Lunatic asylums Punjab 1881-1894 - 1881-1894
Year: 1881
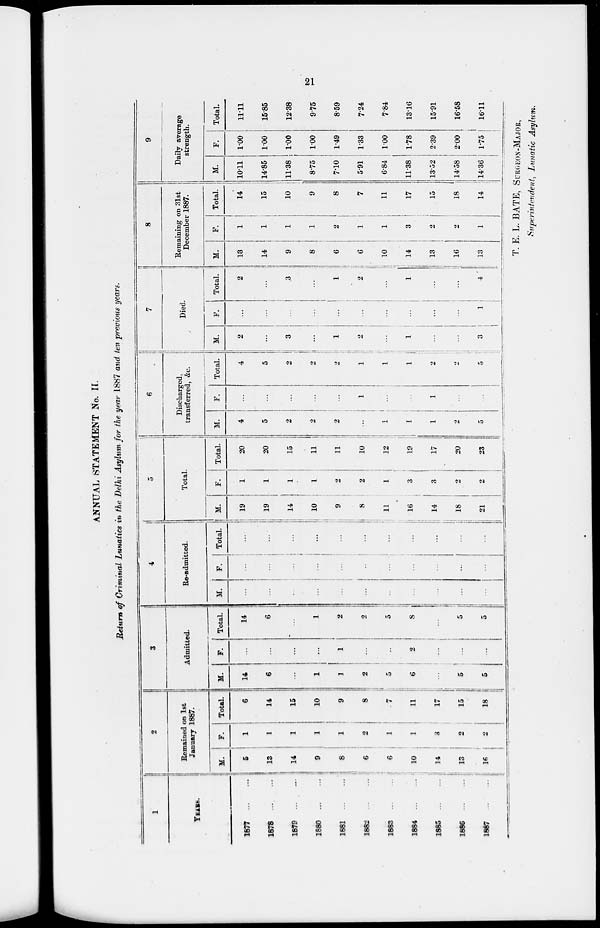
21
ANNUAL STATEMENT No. II.
Return of Criminal Lunatics in the Delhi Asylum for the year 1887 and ten previous years.
1
YEARS.
1877
...
...
1878
...
...
1879
...
...
1880
...
...
1881
...
...
1882
...
...
1883
...
...
1884
...
...
1885
...
...
1886
...
...
1887
...
...
2
Remained on 1st
January 1887.
M.
5
13
14
9
8
6
6
10
14
13
16
F.
1
1
1
1
1
2
1
1
3
2
2
Total.
6
14
15
10
9
8
7
11
17
15
18
3
Admitted.
M.
14
6
...
1
1
2
5
6
...
5
5
F.
...
...
...
...
1
...
...
2
...
...
...
Total.
14
6
...
1
2
2
5
8
...
5
5
4
Re-admitted.
M.
...
...
...
...
...
...
...
...
...
...
...
F.
...
...
...
...
...
...
...
...
...
...
...
Total.
...
...
...
...
...
...
...
...
...
...
...
5
Total.
M.
19
19
14
10
9
8
11
16
14
18
21
F.
1
1
1
1
2
2
1
3
3
2
2
Total.
20
20
15
11
11
10
12
19
17
20
23
6
Discharged,
transferred, &c.
M.
4
5
2
2
2
...
1
1
1
2
5
F.
...
...
...
...
...
1
...
...
1
...
...
Total.
4
5
2
2
2
1
1
1
2
2
5
7
Died.
M.
2
...
3
...
1
2
...
1
...
...
3
F.
...
...
...
...
...
...
...
...
...
...
1
Total.
2
...
3
...
1
2
...
1
...
...
4
8
Remaining on 31st
December 1887.
M.
13
14
9
8
6
6
10
14
13
16
13
F.
1
1
1
1
2
1
1
3
2
2
1
Total.
14
15
10
9
8
7
11
17
15
18
14
9
Daily average
strength.
M.
10.11
14.85
11.38
8.75
7.10
5.91
6.84
11.38
13.52
14.58
14.36
F.
1.00
1.00
1.00
1.00
1.49
1.33
1.00
1.78
2.39
2.00
1.75
Total.
11.11
15.85
12.38
9.75
8.59
7.24
7.84
13.16
15.91
16.58
16.11
T. E. L. BATE, SURGEON-MAJOR,
Superintendent, Lunatic Asylum.